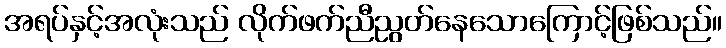
အရပ်နှင့်အလုံးသည် လိုက်ဖက်ညီညွတ်နေသောကြောင့်ဖြစ်သည်။